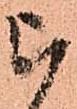
被